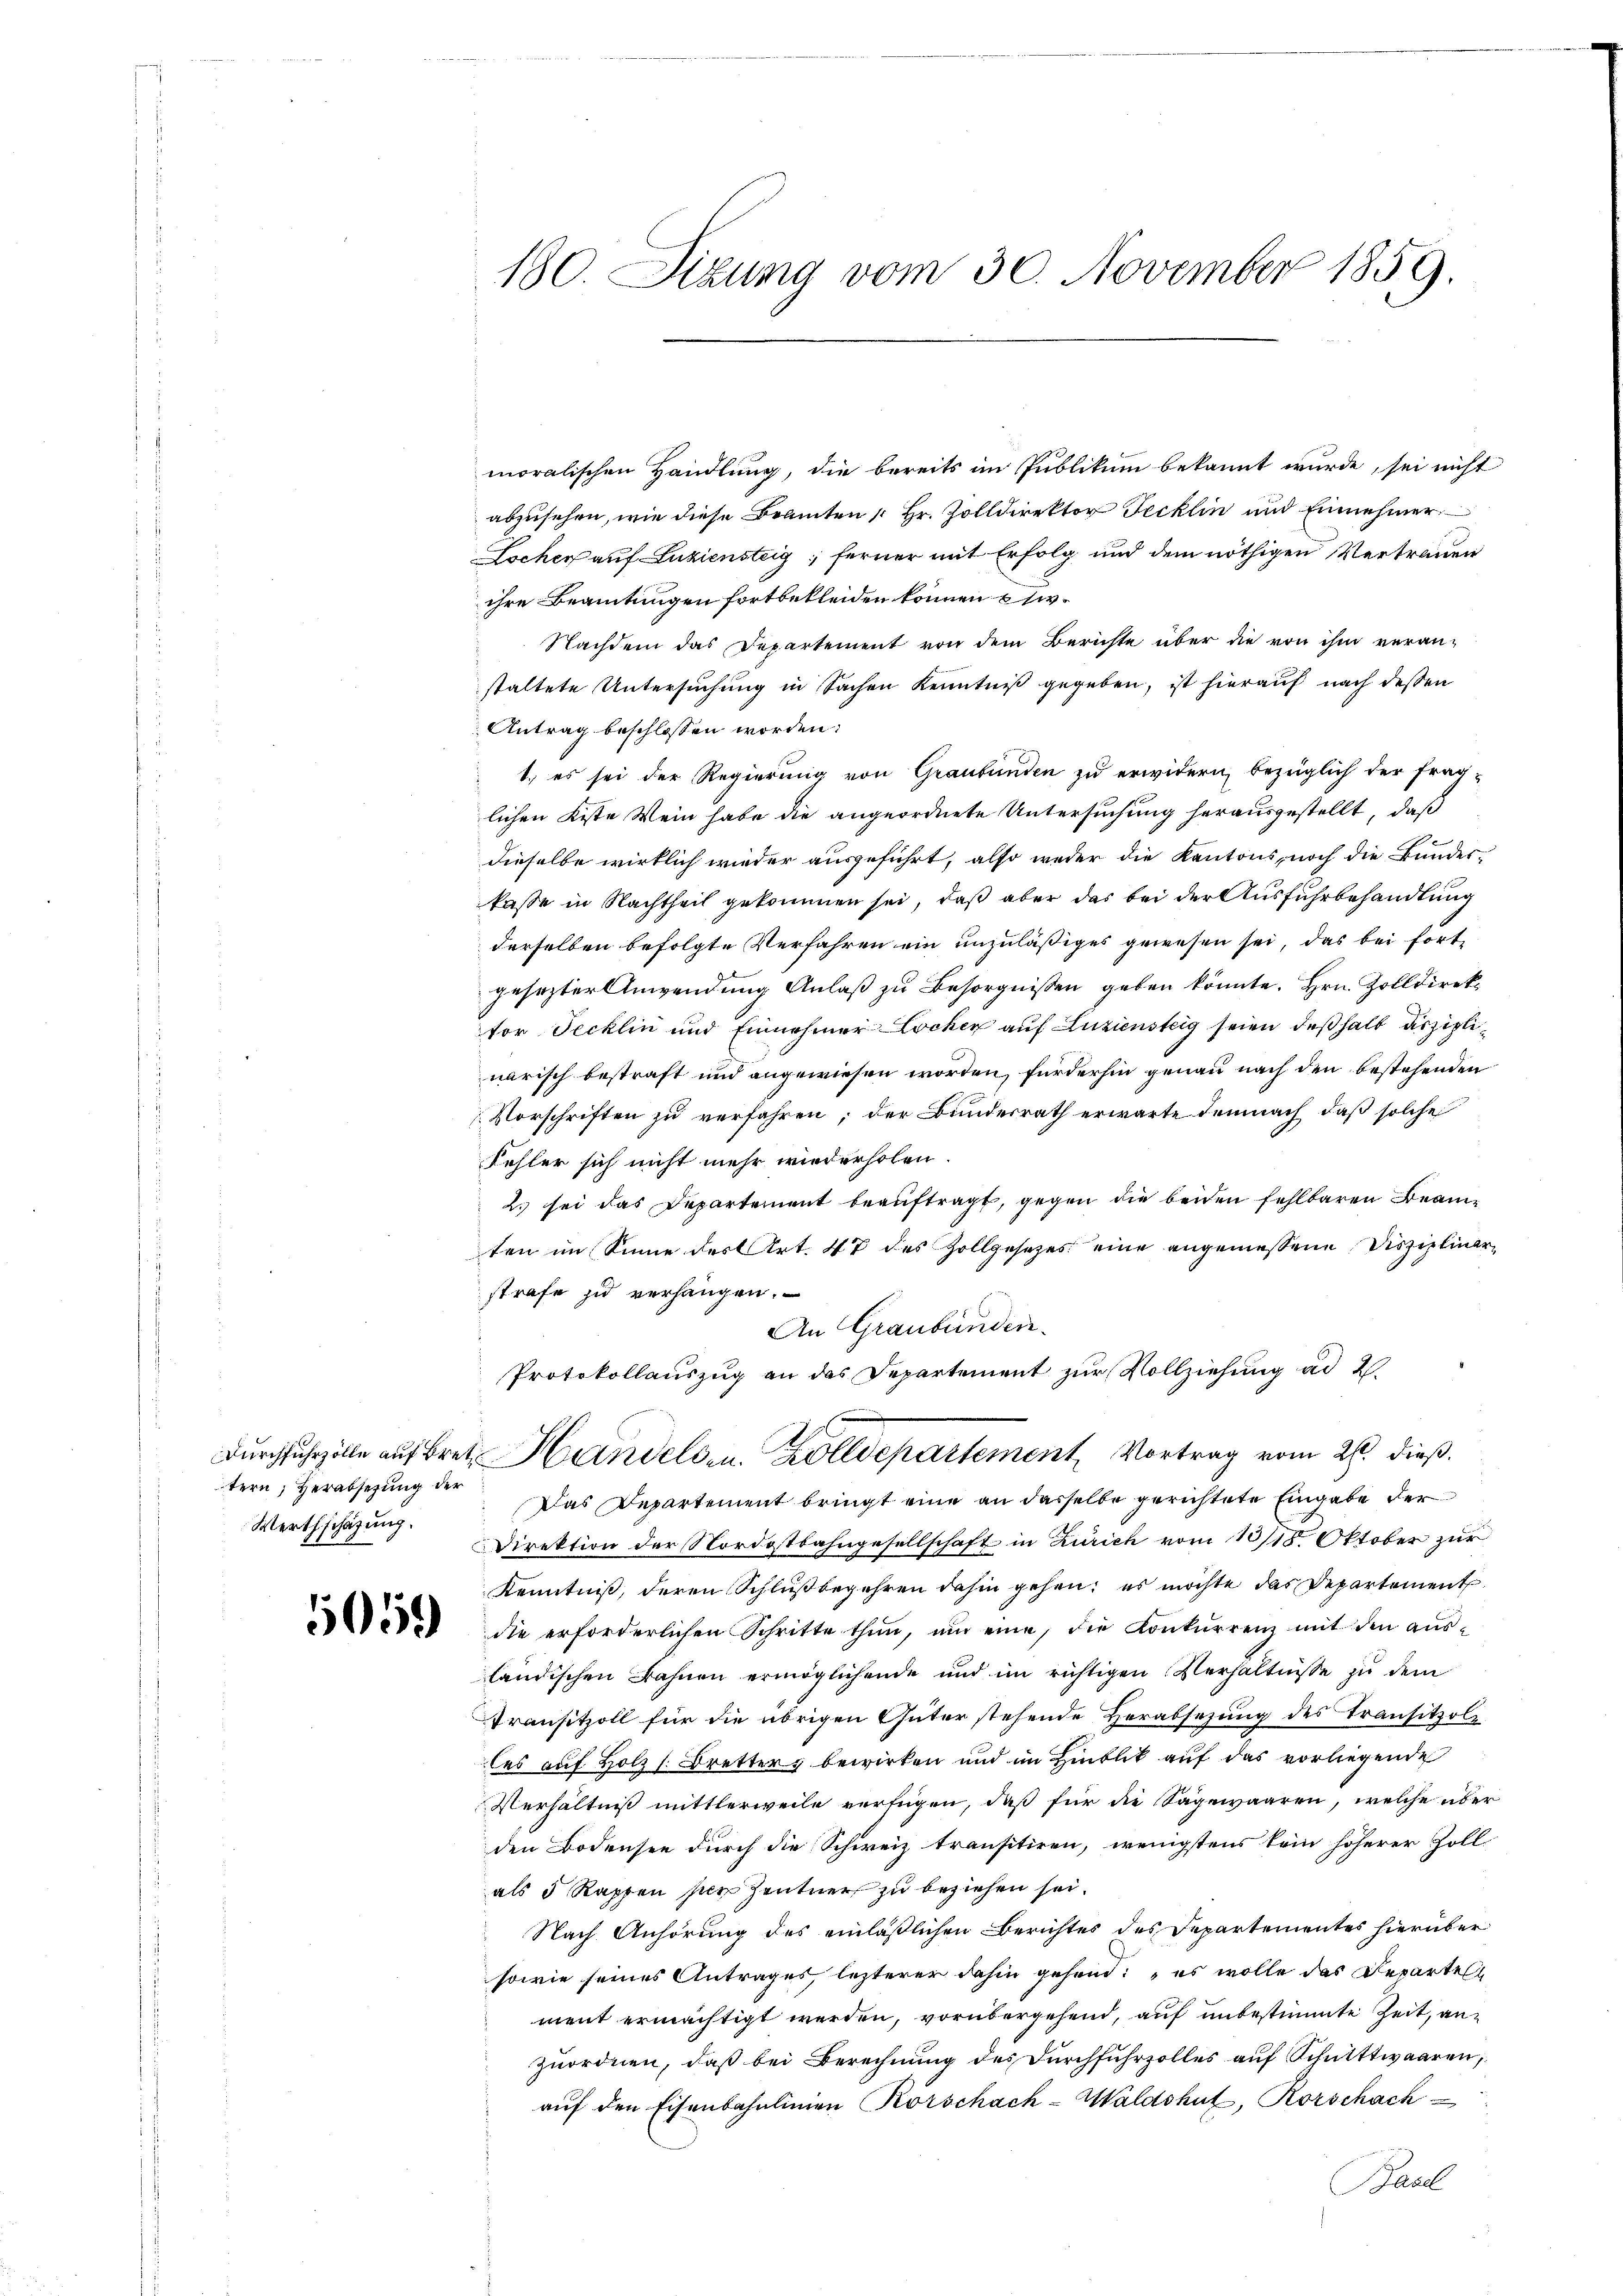
tern, Verabsehung der
Werthschazung.

180. Sizung vom 30. November 1859.

moralischen Handlung, die bereits im Publikum bekannt wurde, sei nicht
abzusehen, wie diese Beamten [Hr. Zolldirektor Tecklin und Einnehmer
Locher auf Luziensteig; ferner mit Erfolg und dem nöthigen Vertrauen
ihre Beamtungen fortbekleiden können etw
Nachdem das Departement von dem Berichte über die von ihm veran-
staltete Untersuchung in Sachen Kenntniß gegeben, ist hierauf nach dessen
Antrag beschlossen worden.
1.) es sei der Regierung von Graubünden zu erwidern, bezüglich der frag-
lichen Kiste Wein habe die angeordnete Untersuchung herausgestellt, daß
1
dieselbe wirklich wieder ausgeführt, also weder die Kantons, noch die Bundes-
kasse in Nachtheil gekommen sei, daß aber das bei der Ausfuhrbehandlung
derselben befolgte Verfahren ein unzuläßiges gewesen sei, das bei fort-
gesezter Anwendung Anlaß zu Besorgnissen geben könnte. Hrn. Zolldirekfor Jecklin und Einnehmer Locker auf Luziensteig seien deßhalb disziplinarisch bestraft und angewiesen worden, fürderhin genau nach den bestehenden
Vorschriften zu verfahren; der Bundesrath erwarte demnach, daß solche
Fehler sich nicht mehr wiederholen.
2. sei das Departement beauftragt, gegen die beiden fehlbaren Beamten im Sinne des Art. 47 des Zollgesezes eine angemessene Disziplinarstrafe zu verhängen.
An Graubünden.
Protokollauszug an das Departement zur Vollziehung ad 2.
Durchfuhrzolle auf Bret. Handels u. departement, Vortrag vom 26. dieß.
Das Departement bringt eine an dasselbe gerichtete Eingabe der
Direktion der Nordostbahngesellschaft in Zürich vom 13/18. Oktober zur
Kenntniß, deren Schlußbegehren dahin gehen, es möchte das Departement
82 die erforderlichen Schritte thun, nur eine, die Konkŭrrenz mit den aŭs-
ländischen Bahnen ermöglichende und im richtigen Verhältnisse zu dem
Transitzoll für die übrigen Güter stehende Herabsezung des Transitzole
les auf Holz (Bretters bewirken und im Hinblik auf das vorliegende
Verhältniß mittlerweile verfügen, daß für die Sagewaaren, welche über
den Bodensee durch die Schweiz transitiren, wenigstens kein höherer Zoll
als 5 Rappen per Zentner zu beziehen sei.
Nach Anhörung des einläßlichen Berichtes des Departementes hierüber
sowie seines Antrages, lezterer dahin gehend: „es wolle das Departels
ment ermächtigt werden, vorübergehend, auf unbestimmte Zeit, anzuordnen, daß bei Berechnung des Durchfuhrzolles auf Schutttwaaren,
auf den Eisenbahnlinien Körschach-Waldshut, Rorschach
Basel